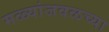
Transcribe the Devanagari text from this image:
मळ्यांजवळच्या